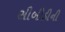
સીબીડીની